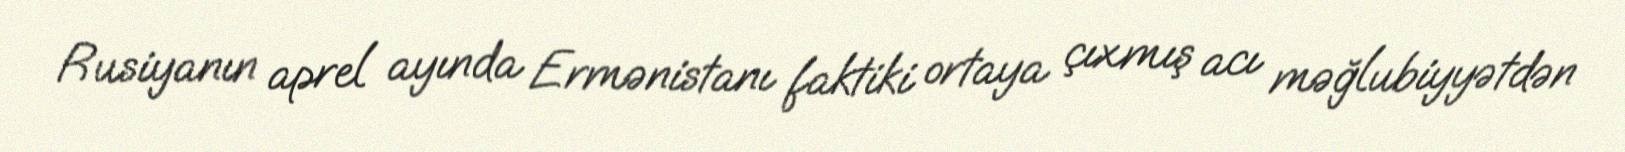
Rusiyanın aprel ayında Ermənistanı faktiki ortaya çıxmış acı məğlubiyyətdən